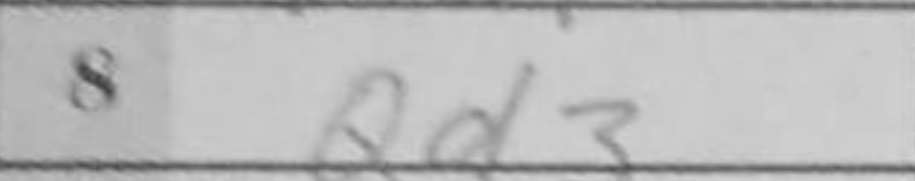
Transcription: Qd3